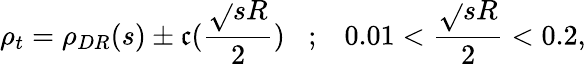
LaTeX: \rho_{t}=\rho_{DR}(s)\pm\mathfrak{c}(\frac{{\sqrt{}{{s}}R}}{{2}})\; \; \; ;\; \; \; 0.01<\frac{{\sqrt{}{{s}}R}}{{2}}<0.2,